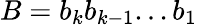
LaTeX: B={b_{k}}{b_{k-1}}...{b_{1}}